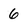
Character: 6